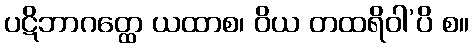
ပဋိဘာဂတ္ထေ ယထာစ၊ ဝိယ တထရိဝါ’ပိ စ။